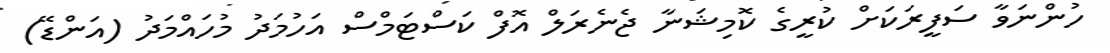
ހުންނަވާ ސަފީރަކަށް ކުރީގެ ކޮމިޝަނާ ޖެނެރަލް އޮފް ކަސްޓަމްސް އަހުމަދު މުހައްމަދު (އަންޑޭ)